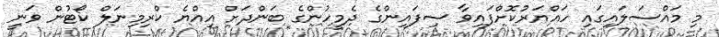
މި މައްސަލައިގައި ހައްޔަރުކޮށްފައިވާ ސިފައިންގެ ދެމީހުންގެ ބަންދަށް އިއްޔެ ކްރިމިނަލް ކޯޓުން ވަނީ